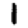
Digit: 1